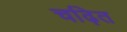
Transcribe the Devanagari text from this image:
चढ़ित